Indian journal of veterinary science and animal husbandry - Volume 9,
Year: 1939
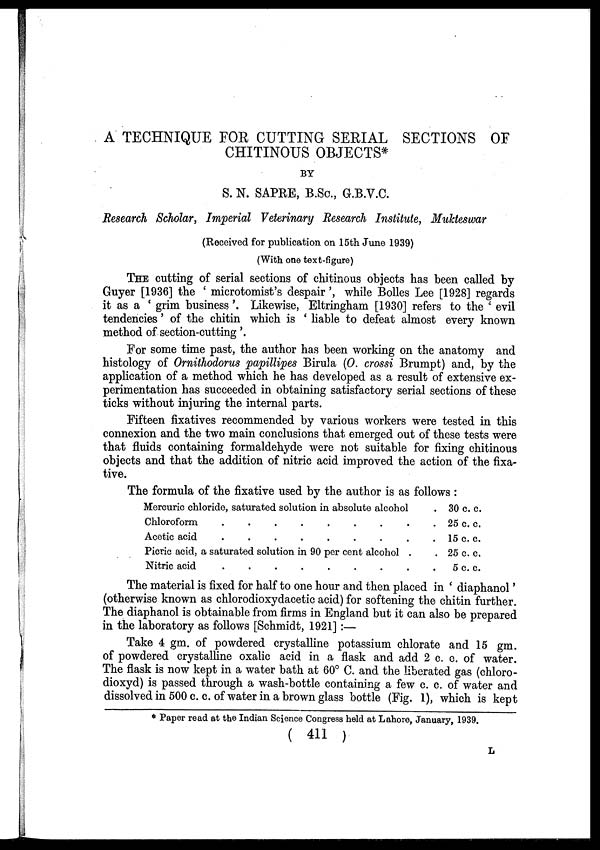
A TECHNIQUE FOR CUTTING SERIAL SECTIONS OF
CHITINOUS OBJECTS*
BY
S. N. SAPRE, B.Sc., G.B.V.C.
Research Scholar, Imperial Veterinary Research Institute, Mukteswar
(Received for publication on 15th June 1939)
(With one text-figure)
THE cutting of serial sections of chitinous objects has been called by
Guyer [1936] the ' microtomist's despair', while Bolles Lee [1928] regards
it as a ' grim business'. Likewise, Eltringham [1930] refers to the ' evil
tendencies' of the chitin which is ' liable to defeat almost every known
method of section-cutting'.
For some time past, the author has been working on the anatomy and
histology of Ornithodorus papillipes Birula (O. crossi Brumpt) and, by the
application of a method which he has developed as a result of extensive ex-
perimentation has succeeded in obtaining satisfactory serial sections of these
ticks without injuring the internal parts.
Fifteen fixatives recommended by various workers were tested in this
connexion and the two main conclusions that emerged out of these tests were
that fluids containing formaldehyde were not suitable for fixing chitinous
objects and that the addition of nitric acid improved the action of the fixa-
tive.
The formula of the fixative used by the author is as follows :
Mercuric chloride, saturated solution in absolute alcohol
.
Chloroform . . . . . . . . .
Acetic acid . . . . . . . . .
Picric acid, a saturated solution in 90 per cent alcohol
.
.
Nitric acid . . . . . . . . .
30 c. c.
25 c. c.
15 c. c.
25 c. c.
5 c. c.
The material is fixed for half to one hour and then placed in ' diaphanol'
(otherwise known as chlorodioxydacetic acid) for softening the chitin further.
The diaphanol is obtainable from firms in England but it can also be prepared
in the laboratory as follows [Schmidt, 1921] :—
Take 4 gm. of powdered crystalline potassium chlorate and 15 gm.
of powdered crystalline oxalic acid in a flask and add 2 c. c. of water.
The flask is now kept in a water bath at 60° C. and the liberated gas (chloro-
dioxyd) is passed through a wash-bottle containing a few c. c. of water and
dissolved in 500 c. c. of water in a brown glass bottle (Fig. 1), which is kept
* Paper read at the Indian Science Congress held at Lahore, January, 1939.
( 411 )
L